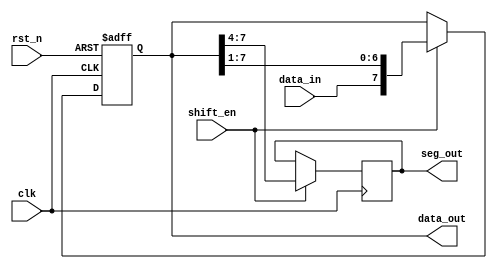
module shift_reg #(parameter WIDTH = 8) (
    input clk,
    input rst_n,
    input data_in,
    input shift_en,
    output reg [3:0] seg_out,
    output reg [WIDTH-1:0] data_out
);

    always @(posedge clk or negedge rst_n) begin
        if (!rst_n)
            data_out <= {WIDTH{1'b0}};
        else if (shift_en)
            data_out <= {data_in,data_out[WIDTH-1:1]};
    end
    
    always @(posedge clk) begin
        if (shift_en)
            seg_out <= data_out[WIDTH-1:WIDTH-4];
    end

endmodule // shift_reg